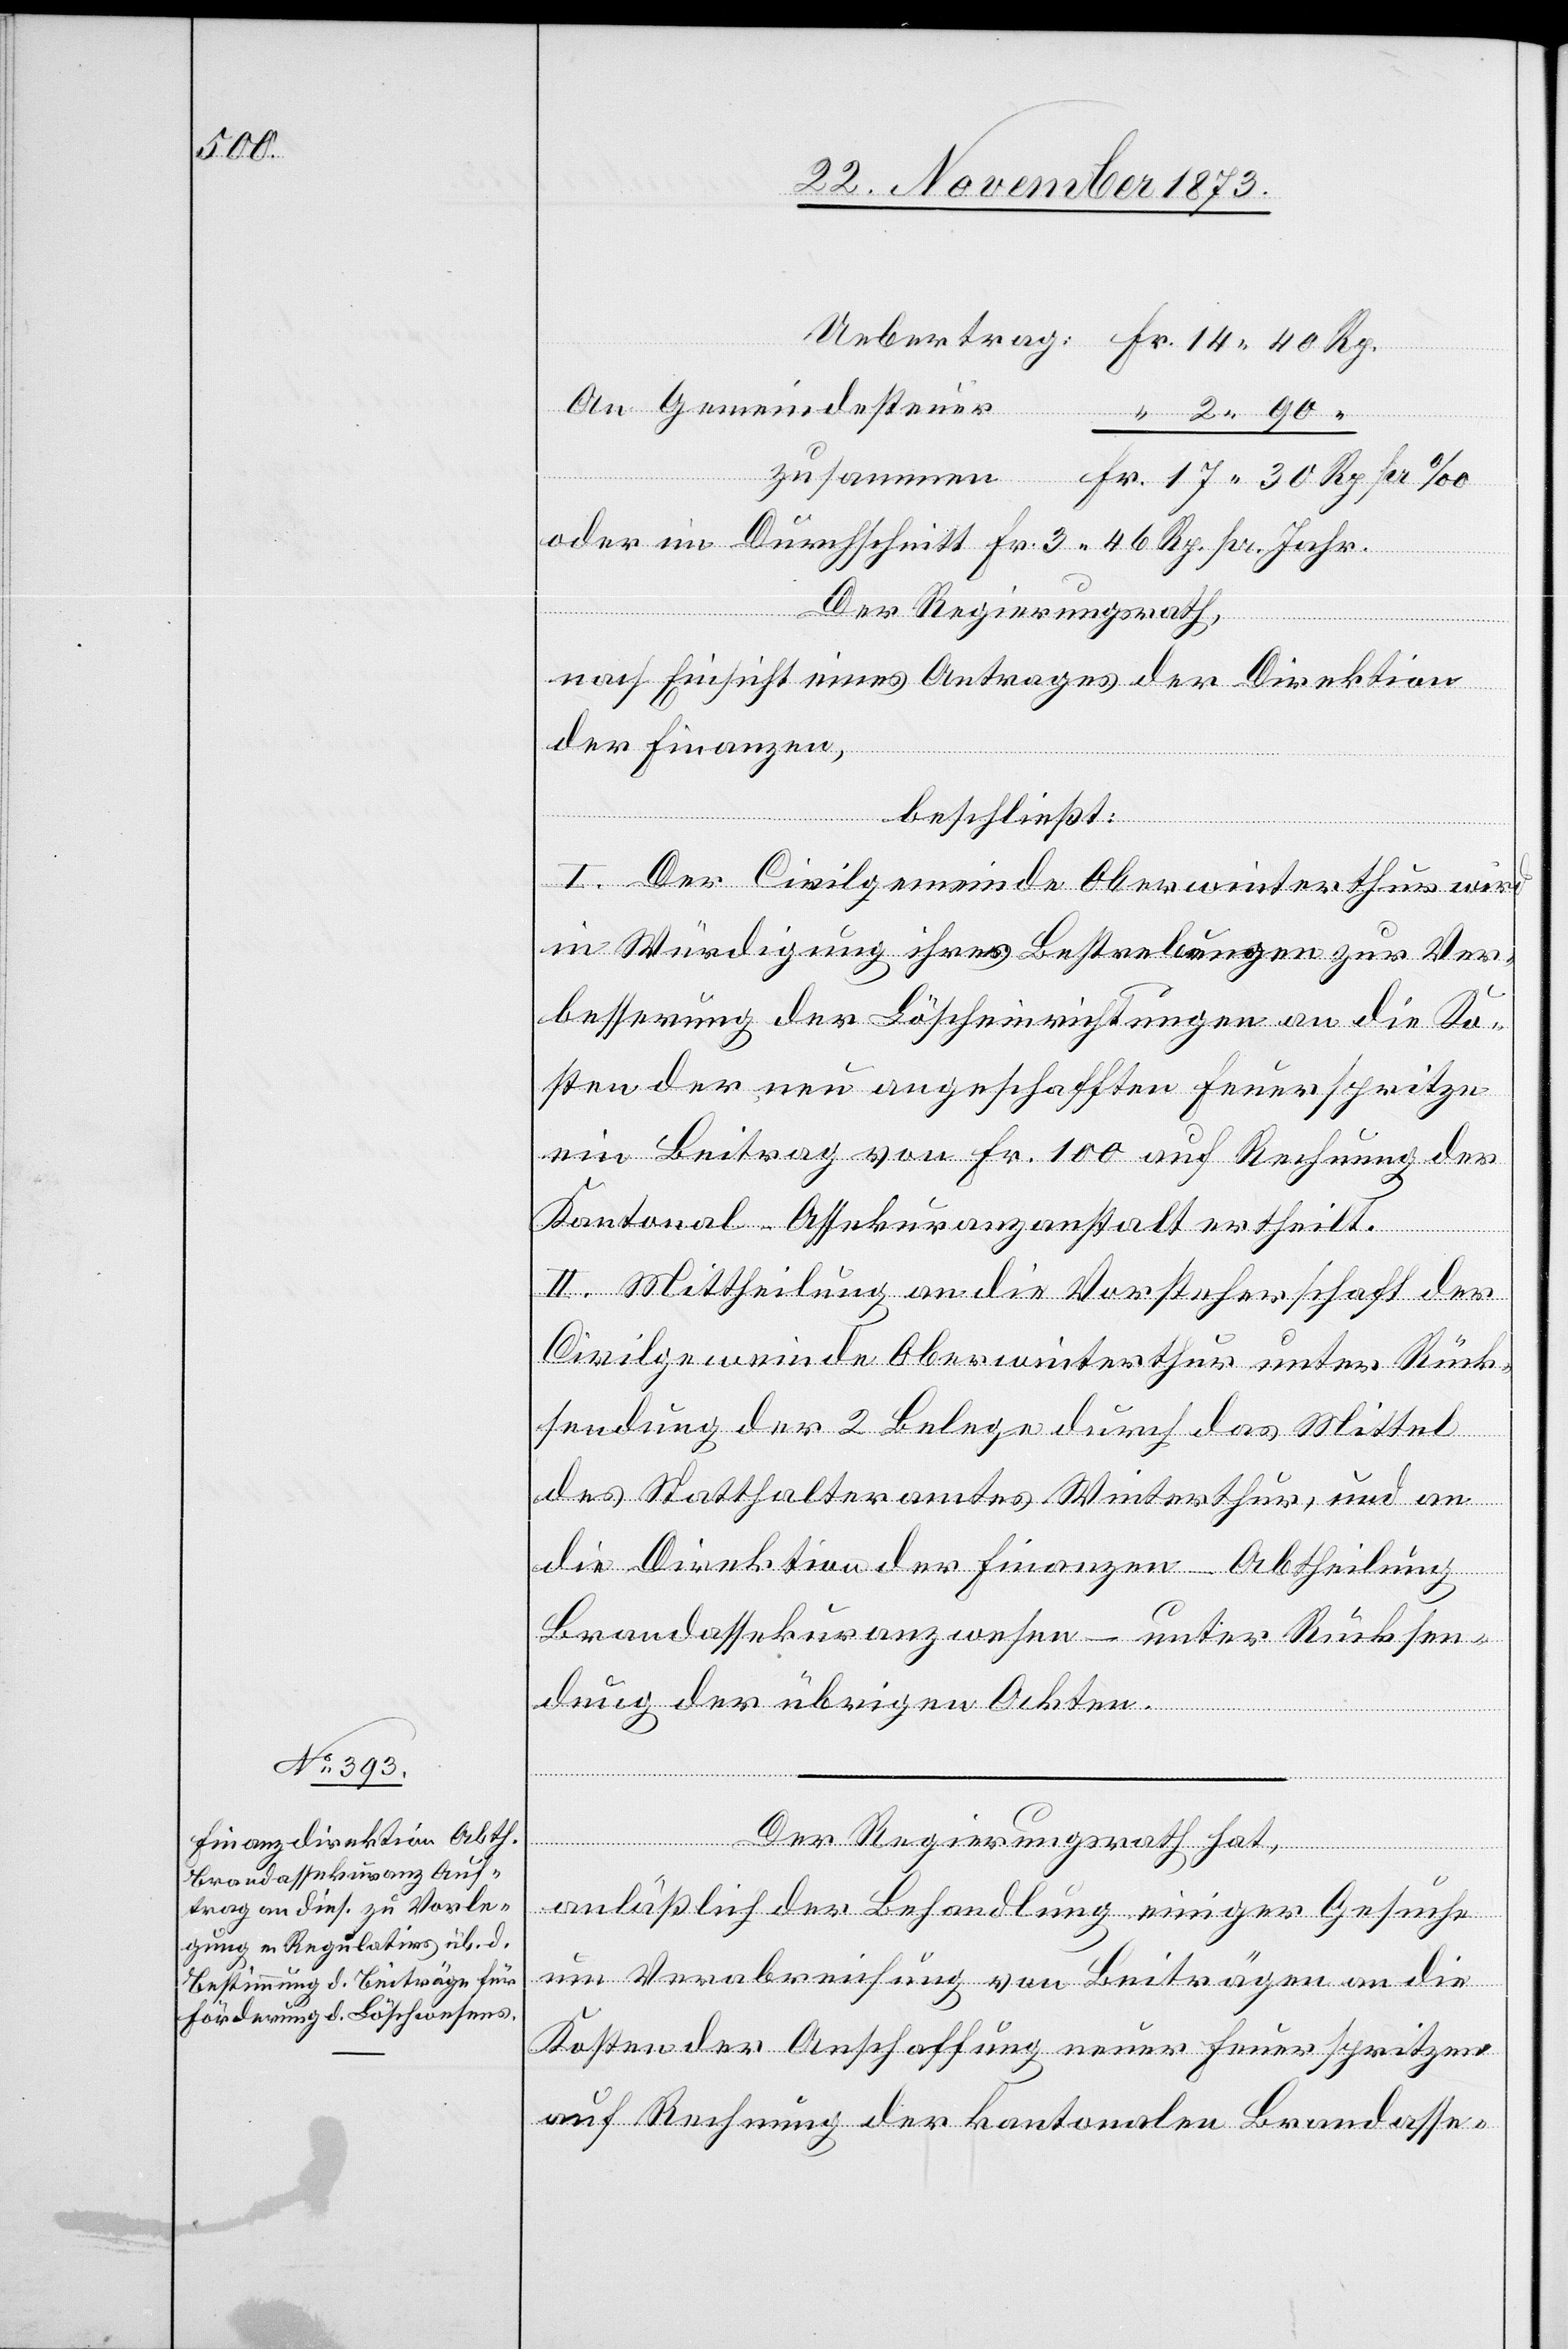
Jahr.

Rp.
pr.
Gemeindesteuer
Der Regierungsrath,
nach Einsicht eines Antrages der Direktion
der Finanzen,
beschließt:
I. Der Civilgemeinde Oberwinterthur wird
in Würdigung ihrer Bestrebungen zur Ver¬
besserung der Löscheinrichtungen an die Ko¬
sten der neu angeschafften Feuerspritze
ein Beitrag von Fr. 100 auf Rechnung der
Kantonal-Assekuranzanstalt ertheilt.
II. Mittheilung an die Vorsteherschaft der
Civilgemeinde Oberwinterthur unter Rück¬
sendung der 2 Belege durch das Mittel
des Statthalteramtes Winterthur, und an
die Direktion der Finanzen – Abtheilung
Brandassekuranzwesen – unter Rücksen¬
dung der übrigen Akten.
Der Regierungsrath hat,
anläßlich der Behandlung einiger Gesuche
um Verabreichung von Beiträgen an die
Kosten der Anschaffung neuer Feuerspritzen
auf Rechnung der kantonalen Brandasse-

im